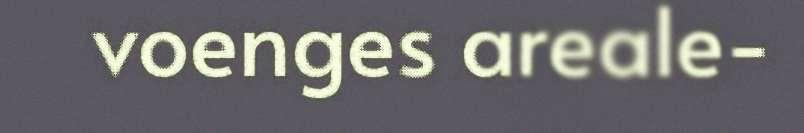
voenges areale-